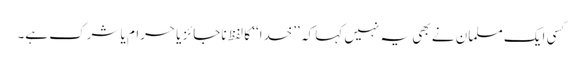
کسی ایک مسلمان نے بھی یہ نہیں کہا کہ ’’خدا‘‘ کا لفظ ناجائز یا حرام یا شرک ہے۔